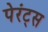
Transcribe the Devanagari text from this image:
पेरंट्स